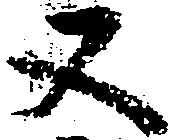
又